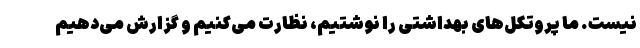
نیست. ما پروتکل‌های بهداشتی را نوشتیم، نظارت می‌کنیم و گزارش می‌دهیم